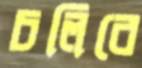
চলিবে